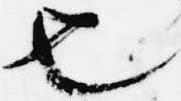
也